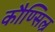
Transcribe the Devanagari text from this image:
कौण्सिल्र